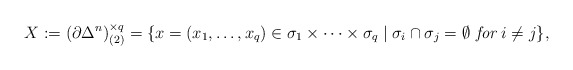
\begin{align*} X:= (\partial \Delta^n)^{\times q}_{(2)}=\{x=(x_1,\ldots, x_q) \in \sigma_1\times\cdots\times\sigma_q\mid \sigma_i\cap\sigma_j=\emptyset \,\, \textit{for}\,\, i\neq j\}, \end{align*}